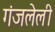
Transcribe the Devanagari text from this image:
गंजलेली